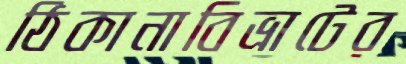
ঠিকানাবিভ্রাটের